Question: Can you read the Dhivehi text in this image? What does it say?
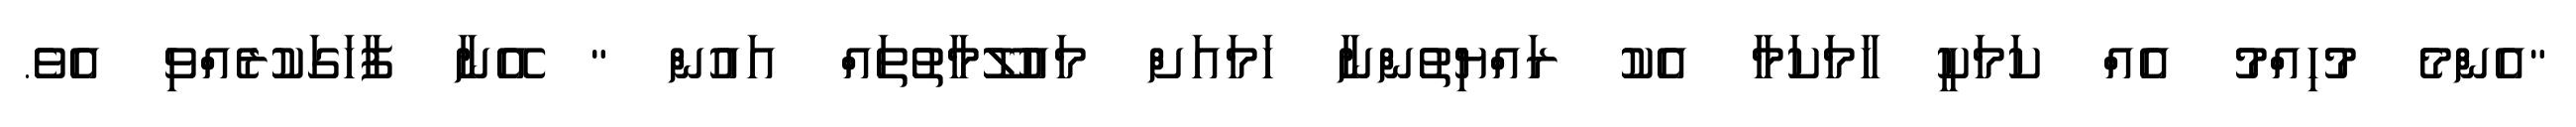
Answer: "އެންމެ މުހިއްމު އެއް ކަމަކީ ހާމަކަމާ އެކު ރައްޔިތުންނާ ހަމައަށް މައުލޫމާތުތައް އައުން " އޭނާ ފާހަގަކުރެއްވި އެވެ.